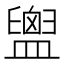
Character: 𪾙